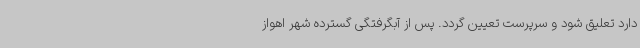
دارد تعلیق شود و سرپرست تعیین گردد. پس از آبگرفتگی گسترده شهر اهواز